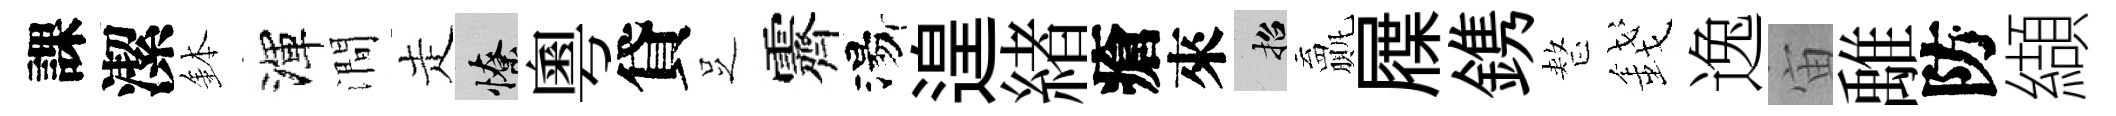
課潔鉢渾澗走憭粵貸𠯁霽湯遑緖瘡來招贏屧鎸整錢逸宙𩀌防纈